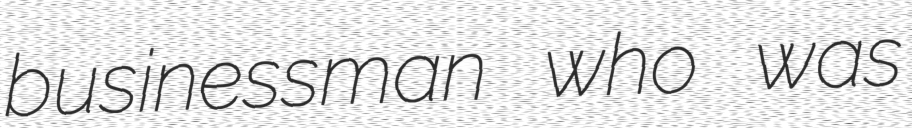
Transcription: businessman who was